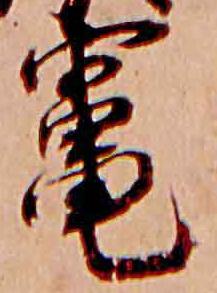
竈